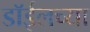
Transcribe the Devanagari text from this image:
डाॅईलच्या